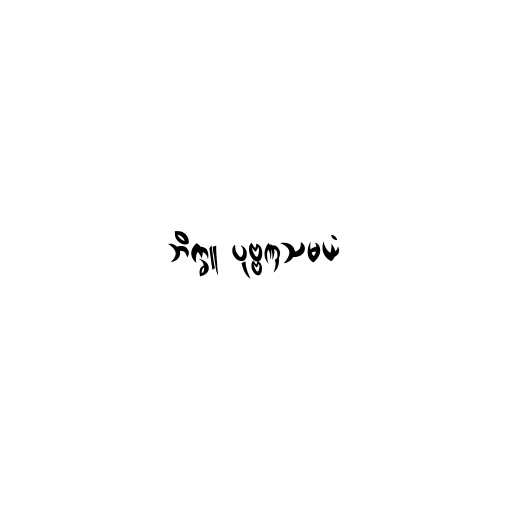
ဘိက္ခူ ပုဗ္ဗဏှသမယံ